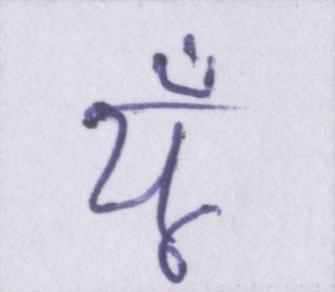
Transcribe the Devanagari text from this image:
यूँ